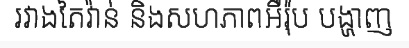
រវាងតៃវ៉ាន់ និងសហភាពអឺរ៉ុប បង្ហាញ